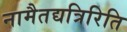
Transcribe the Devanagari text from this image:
नामैतद्यत्रिरिति